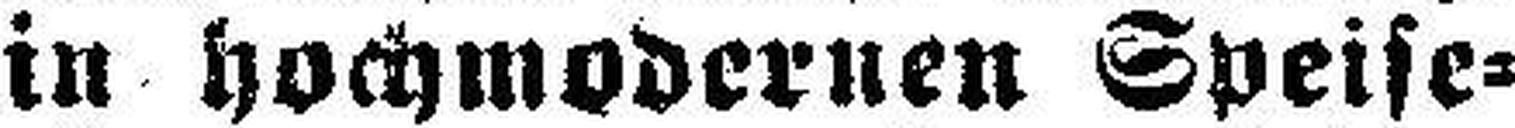
in hochmodernen Speise¬